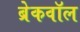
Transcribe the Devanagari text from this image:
ब्रेकवॉल